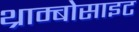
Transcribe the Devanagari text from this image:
थ्राम्बोसाइट